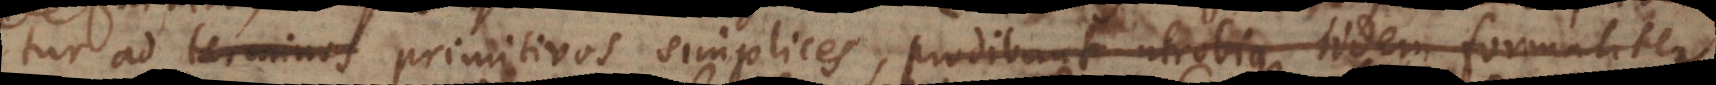
tur ad terminos primitivos simplices, prodibunt utrobique iidem formaliter